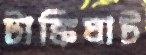
টাঙ্কিঘাট